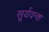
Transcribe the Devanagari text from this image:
सूर्यवन्श